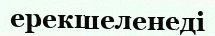
ерекшеленеді